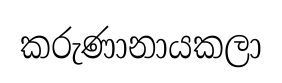
කරුණානායකලා